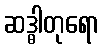
ဆဒ္ဓါတုရော